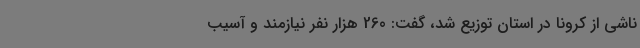
ناشی از کرونا در استان توزیع شد، گفت: 260 هزار نفر نیازمند و آسیب